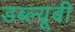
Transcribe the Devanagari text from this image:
डब्ल्यूबी